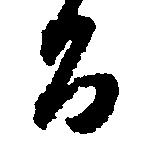
る